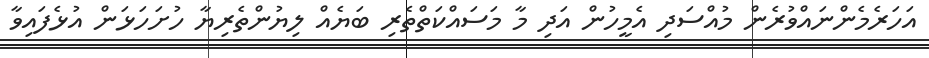
އަހަރެމެންނައްވުރެން މުއްސަަދި އެމީހުން އަދި މާ މަސައްކަތްތެރި ބަޔެއް ލިޔުންތެރިޔާ ހުށަހަޅަން އުޅެފައިވާ